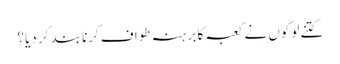
کتنے لوگوں نے کعبہ کا برہنہ طواف کرنا بند کر دیا؟